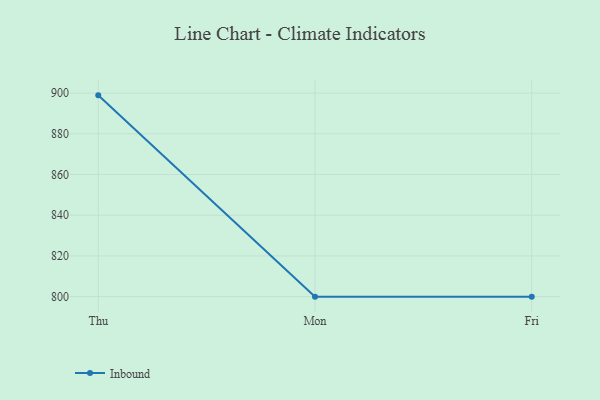
{"axis": {"x": "Day", "y": "Operating Costs (USD K)"}, "legend": ["Inbound"], "data": [{"x": "Thu", "y": 898.9, "type": "Inbound"}, {"x": "Mon", "y": 800, "type": "Inbound"}, {"x": "Fri", "y": 800, "type": "Inbound"}]}